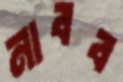
নাবব